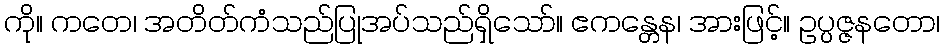
ကို။ ကတေ၊ အတိတ်ကံသည်ပြုအပ်သည်ရှိသော်။ ဧကန္တေန၊ အားဖြင့်။ ဥပ္ပဇ္ဇနတော၊